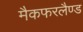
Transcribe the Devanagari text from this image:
मैकफरलैण्ड